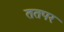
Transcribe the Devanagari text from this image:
ततपर